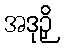
အဒုဉှိ